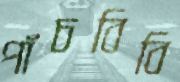
পাঁচবিবি